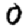
Digit: 0